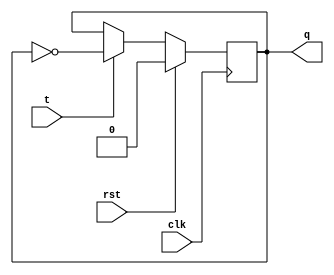
module Tflipflop(t,clk,rst,q);
input t,clk,rst;
output q;
reg q;
always@(posedge clk)
begin
 if(rst)
 q<=0;
 else if(t)
 q<=~q;
 else
 q<=q;
end
endmodule